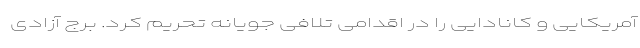
آمریکایی و کانادایی را در اقدامی تلافی جویانه تحریم کرد. برج آزادی